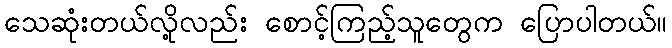
သေဆုံးတယ်လို့လည်း စောင့်ကြည့်သူတွေက ပြောပါတယ်။